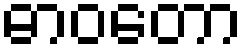
ဓာဝတော